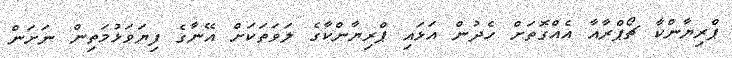
ޕްރިޔާންކާ ޗޯޕްރާއާ އެއްގޮތަށް ހެދުން އަޅައި ޕްރިޔާންކާގެ ލަވަތަކަށް އޭނާގެ ފިޔަވަޅުމަތިން ނަށަން